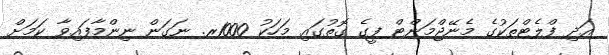
އަދި ފްލެޓްތަކުގެ މެނޭޖްމަންޓް ފީގެ ގޮތުގައި މަހަކު 1000ރ. ނަގަން ނިންމާފައިވާ ކަމަށް